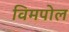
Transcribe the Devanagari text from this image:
विमपोल